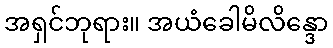
အရှင်ဘုရား။ အယံခေါမိလိန္ဒော